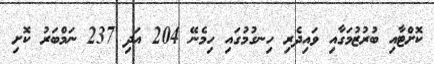
ކޮށްޓާއި ބުރުޒުމަގާއި ވައިދެރި ހިނގުމުގައި ހިމެނޭ 204 އަދި 237 ނަމްބަރު ކޮށި